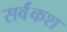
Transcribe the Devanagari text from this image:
सर्वंकश